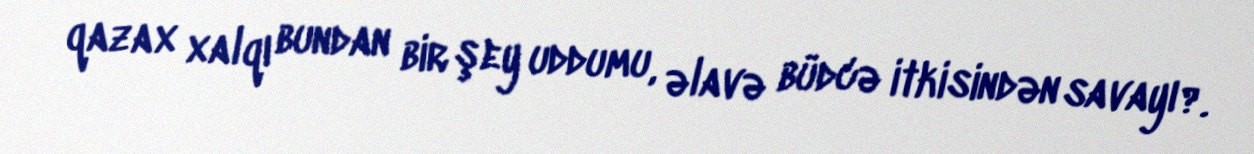
qazax xalqı bundan bir şey uddumu, əlavə büdcə itkisindən savayı?.